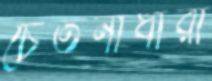
চেতনাধারা